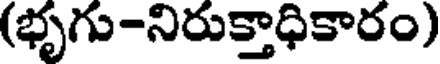
(భృగు-నిరుక్తాధికారం)